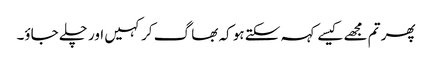
پھر تم مجھے کیسے کہہ سکتے ہو کہ بھا گ کر کہیں اور چلے جاؤ۔